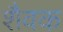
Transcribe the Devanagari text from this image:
शैवक